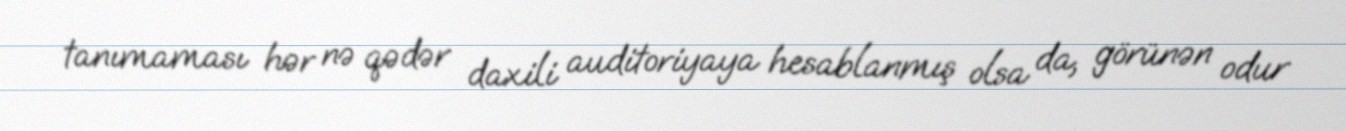
tanımaması hər nə qədər daxili auditoriyaya hesablanmış olsa da, görünən odur